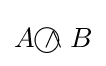
A{~\wedge \!\!\!\!\!\!\!\!\;\bigcirc ~}B